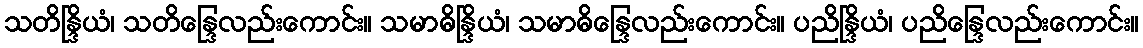
သတိန္ဒြိယံ၊ သတိန္ဒြေလည်းကောင်း။ သမာဓိန္ဒြိယံ၊ သမာဓိန္ဒြေလည်းကောင်း။ ပညိန္ဒြိယံ၊ ပညိန္ဒြေလည်းကောင်း။